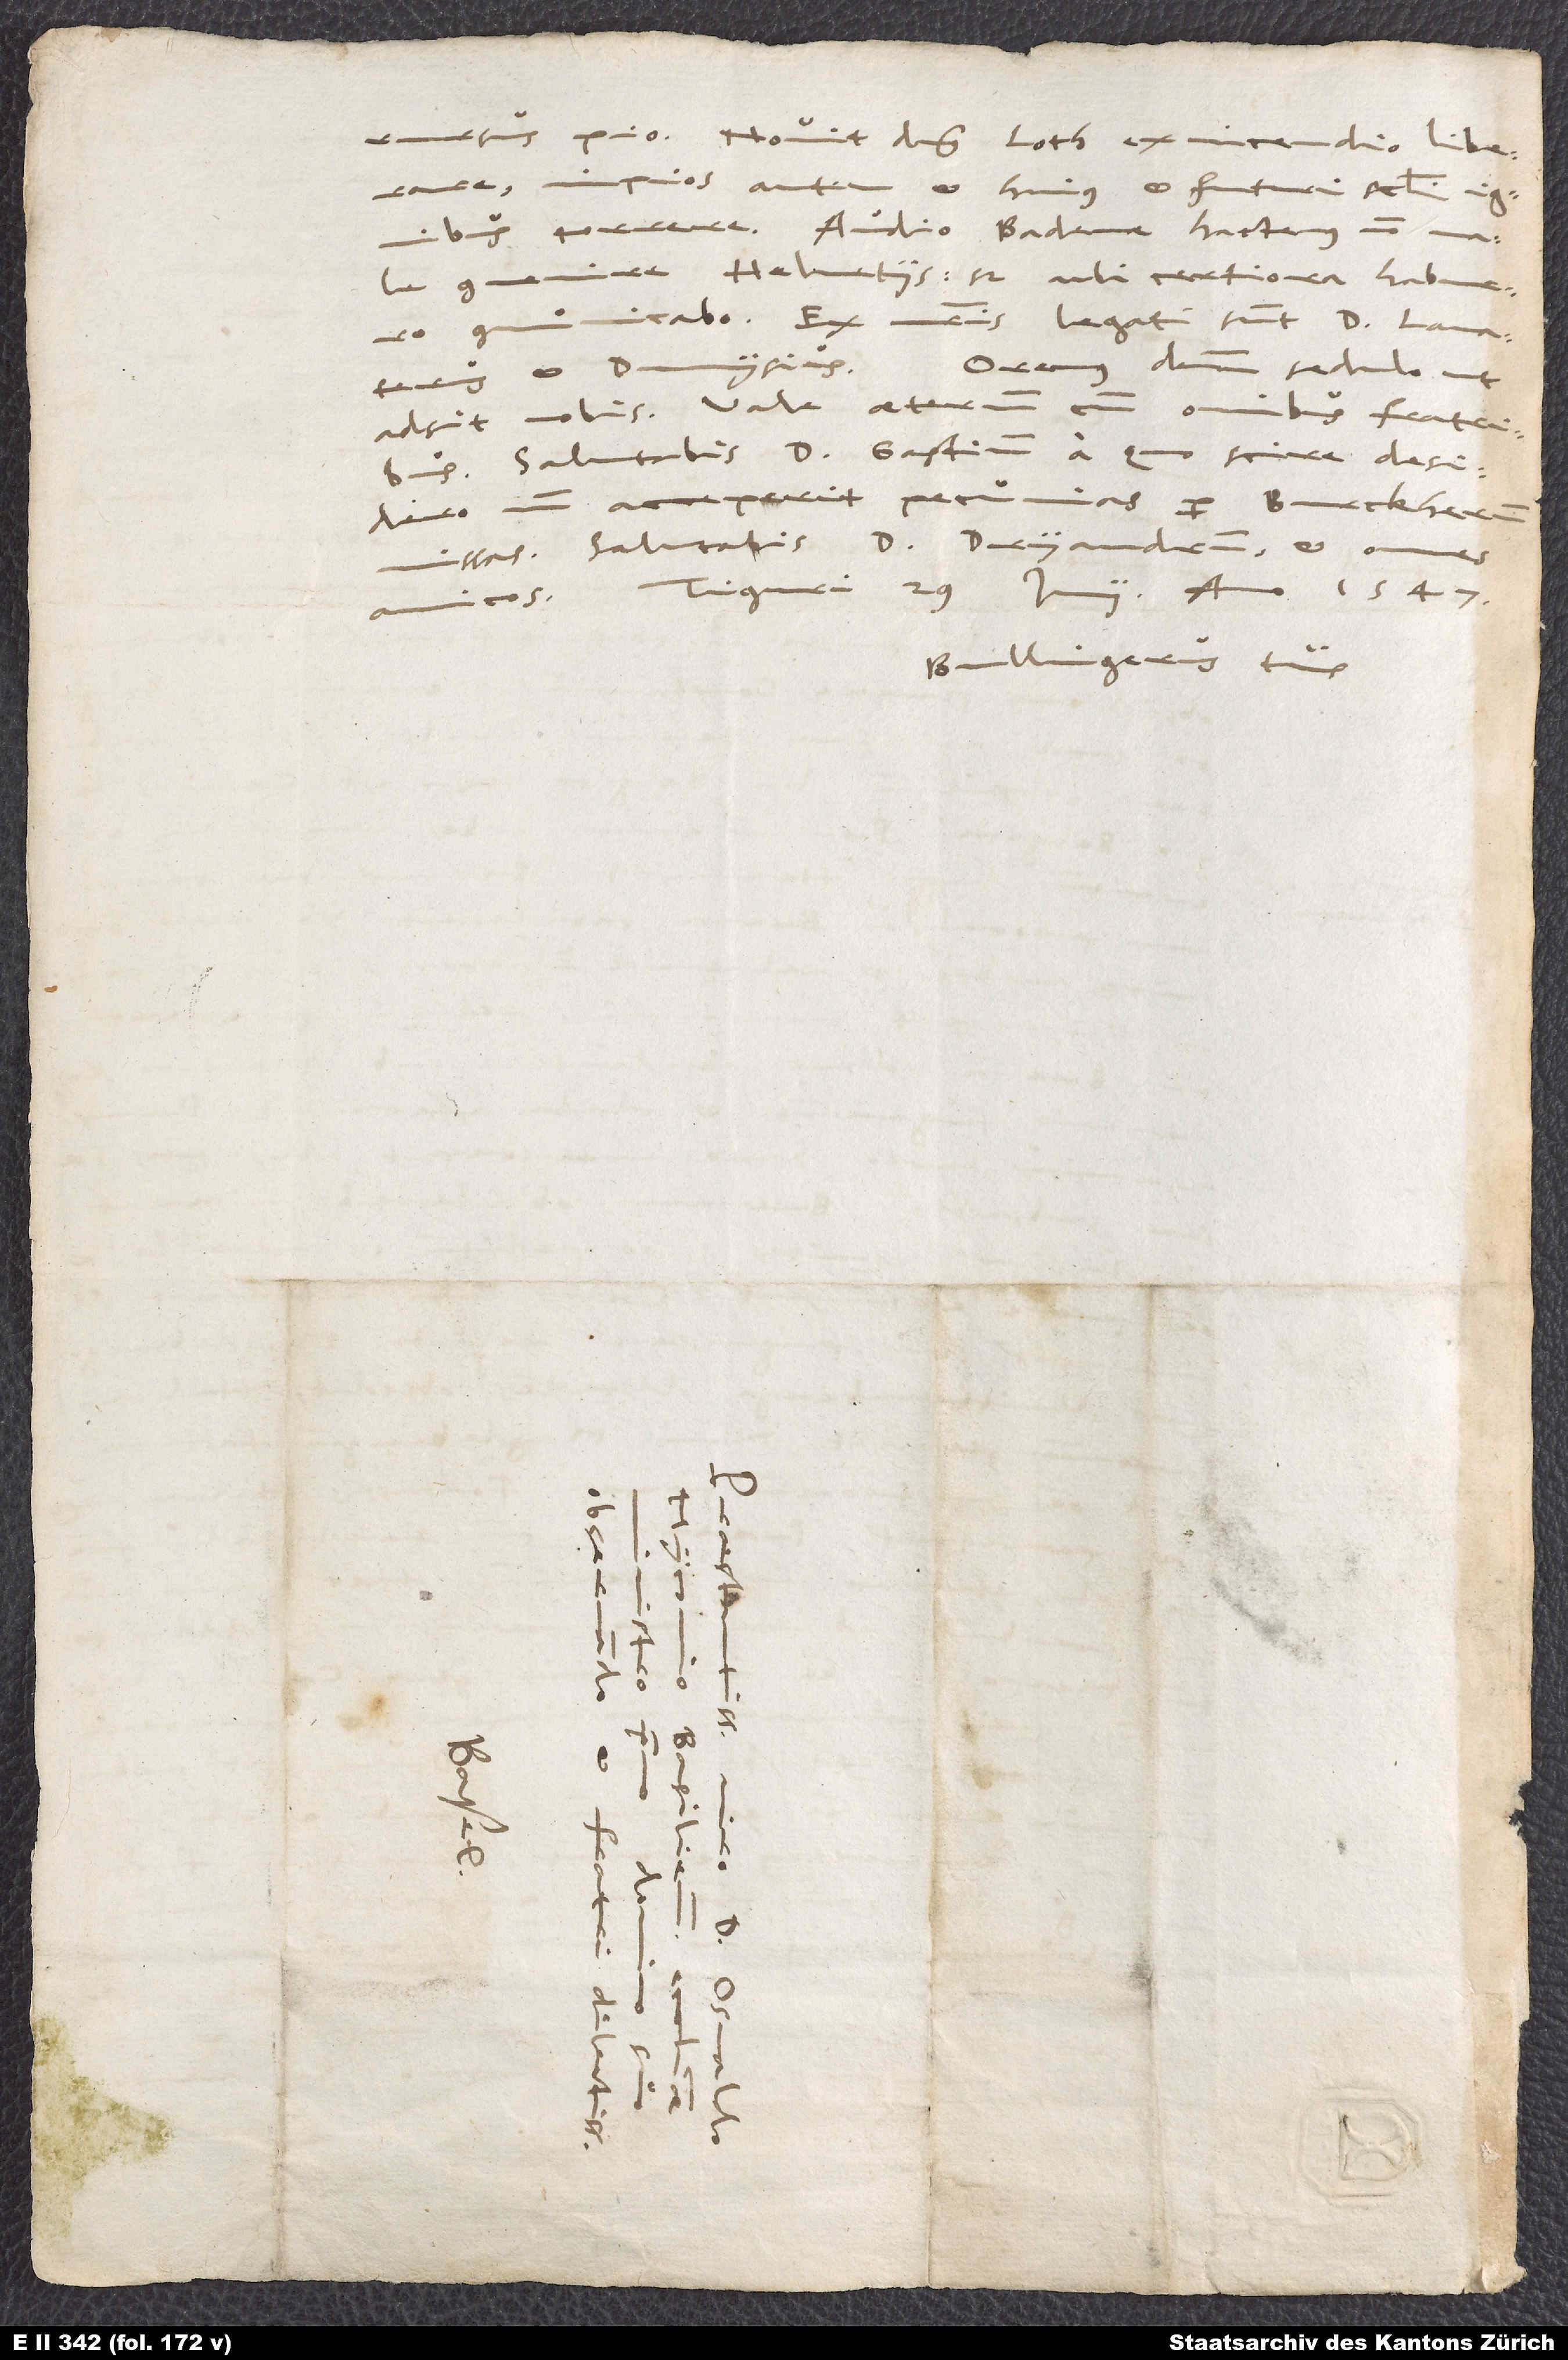
rursus pio! Novit dominus Loth ex incendio liberare,
impios autem et huius et futuri seculi ignibus
convenire Helvetiis. Sed ubi certiora habuero,
communicabo. Ex nostris legati sunt d. Lavaterus
Oremus dominum sedulo, ut
adsit nobis. Vale aeternum cum omnibus fratribus.
Salutabis d. Gastium, a quo scire desidero,
num acceperit pecunias per Burckherum
missas. Salutabis d. Dryandrum et omnes
amicos. Tiguri, 29. iunii anno 1547.
Bullingerus tuus.
S.